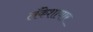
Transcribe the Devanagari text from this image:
लँकेशायार